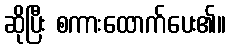
ဆိုပြီး စကားထောက်ပေး၏။